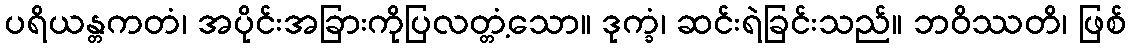
ပရိယန္တကတံ၊ အပိုင်းအခြားကိုပြလတ္တံ့သော။ ဒုက္ခံ၊ ဆင်းရဲခြင်းသည်။ ဘဝိဿတိ၊ ဖြစ်